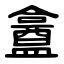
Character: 盫